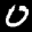
Digit: 0